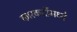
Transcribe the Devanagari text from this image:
कारकर्दीमध्ये